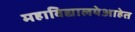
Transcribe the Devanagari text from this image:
महाविद्यालयेआहेत